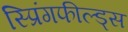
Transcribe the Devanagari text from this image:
स्प्रिंगफील्ड्स